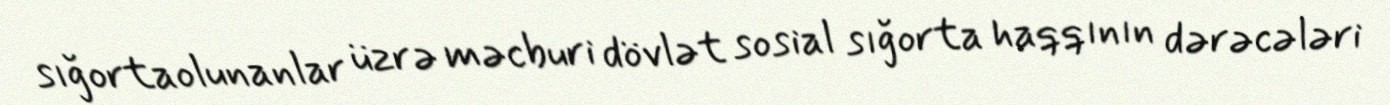
sığortaolunanlar üzrə məcburi dövlət sosial sığorta haqqının dərəcələri